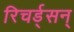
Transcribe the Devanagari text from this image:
रिचर्ड्‌सन्‌